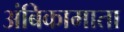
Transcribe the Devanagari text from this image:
अंबिकामाता